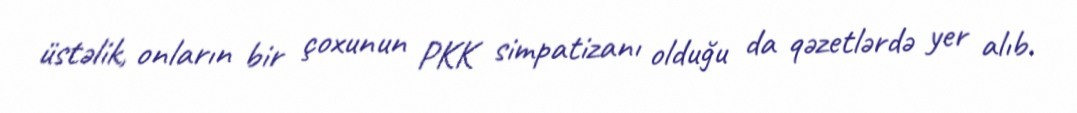
üstəlik, onların bir çoxunun PKK simpatizanı olduğu da qəzetlərdə yer alıb.